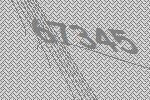
67345